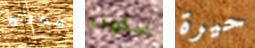
شطرنج سكوتر حيرة